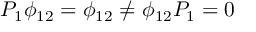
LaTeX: P _ { 1 } \phi _ { 1 2 } = \phi _ { 1 2 } \neq \phi _ { 1 2 } P _ { 1 } = 0